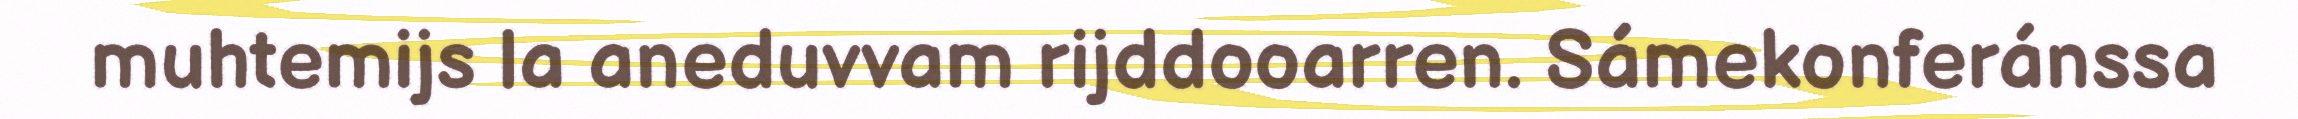
muhtemijs la aneduvvam rijddooarren. Sámekonferánssa